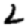
Digit: 2